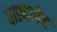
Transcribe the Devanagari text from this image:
वाड्याचेच